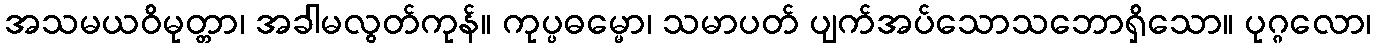
အသမယဝိမုတ္တာ၊ အခါမလွတ်ကုန်။ ကုပ္ပဓမ္မော၊ သမာပတ် ပျက်အပ်သောသဘောရှိသော။ ပုဂ္ဂလော၊